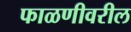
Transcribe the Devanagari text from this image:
फाळणीवरील